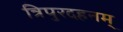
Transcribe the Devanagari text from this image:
त्रिपुरदहनम्